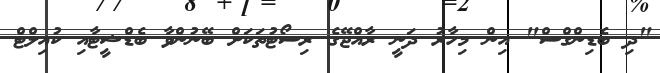
"ދި ބެޑިންގްސް" އިން މިހާރު ދަނީ ރާއްޖޭގެ ރިސޯޓުތަކަށް ބޭނުންވާ ބެޑްޝީޓާއި ކުއިލްޓް